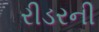
રીડરની